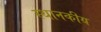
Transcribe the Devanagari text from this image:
स्थानकीय